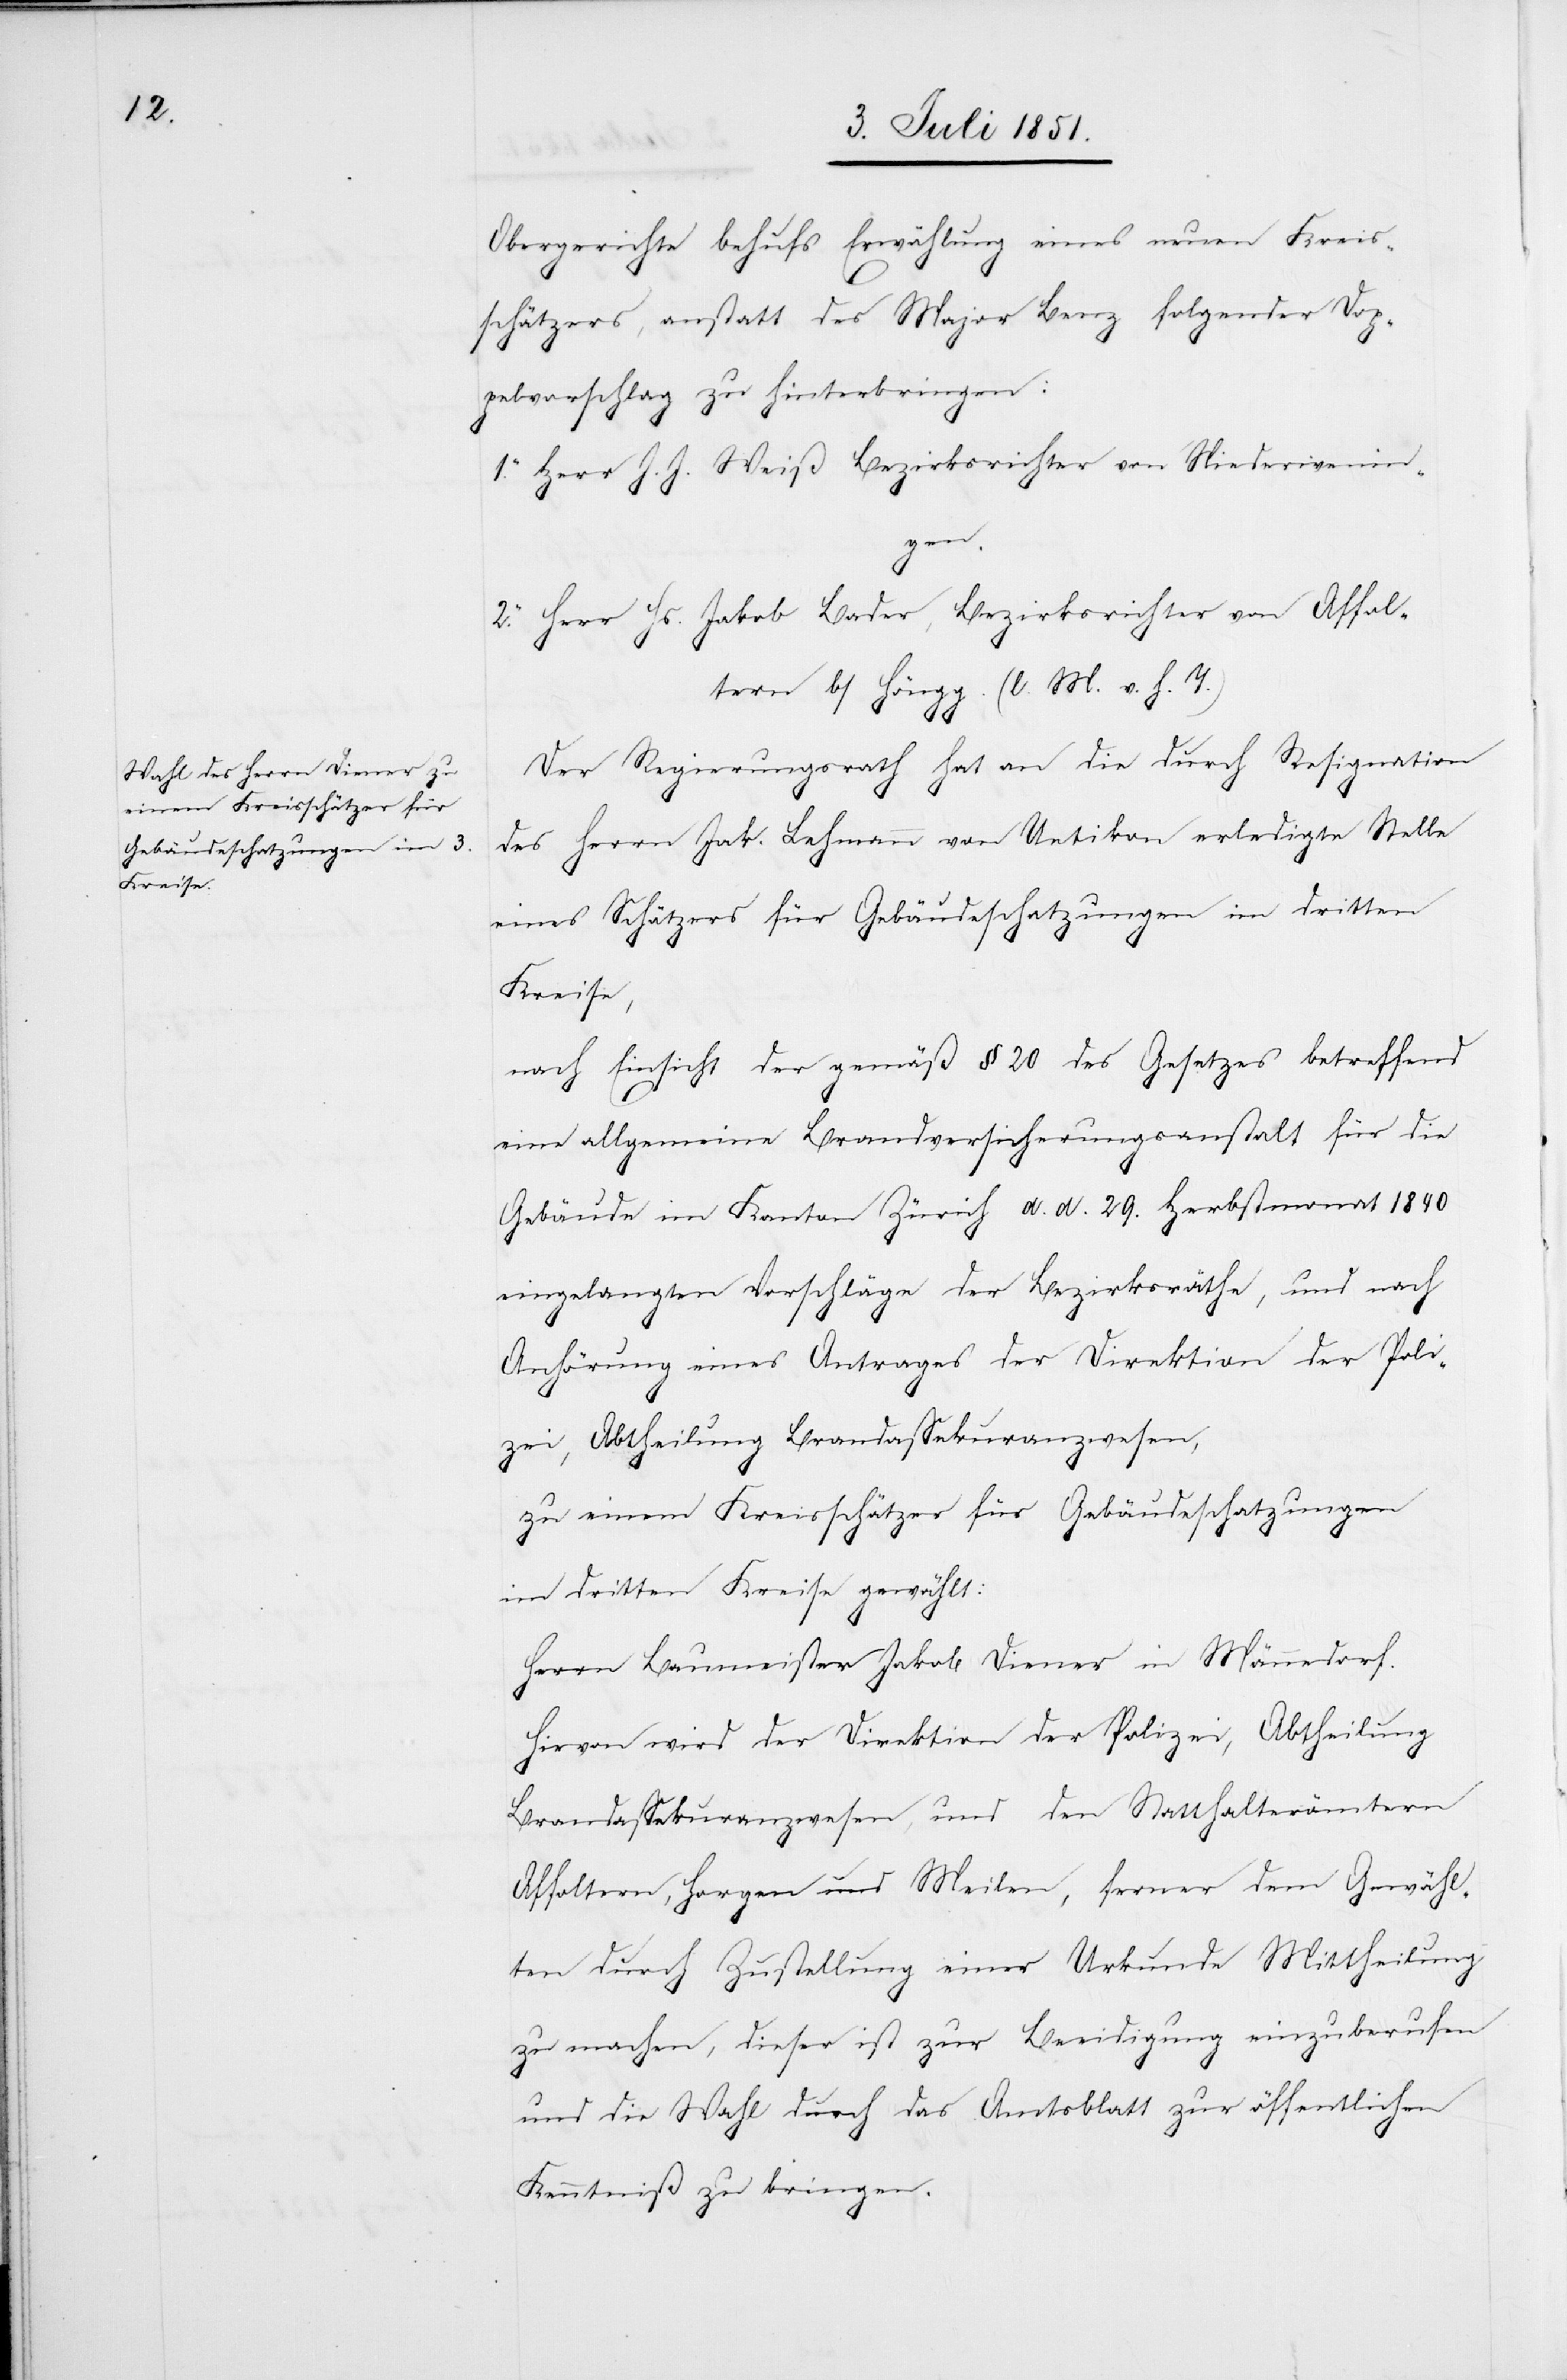
Obergerichte behufs Erwählung eines neuen Kreis¬
schätzers, anstatt des Major Benz folgender Dop¬
pelvorschlag zu hinterbringen:
1. Herr J. J. Weiß Bezirksrichter von Niederwenin¬
gen.
2. Herr Hs. Jakob Bader, Bezirksrichter von Affol¬
tern b/Höngg. (l. M. v. h. T.)
Der Regierungsrath hat an die durch Resignation
des Herrn Jak. Lehmann von Uetikon erledigte Stelle
eines Schätzers für Gebäudeschatzungen im dritten
Kreise,
nach Einsicht der gemäß § 20 des Gesetzes betreffend
eine allgemeine Brandversicherungsanstalt für die
Gebäude im Kanton Zürich d. d. 29. Herbstmonat 1840
eingelangten Vorschläge der Bezirksräthe, und nach
Anhörung eines Antrages der Direktion der Poli¬
zei, Abtheilung Brandassekuranzwesen,
zu einem Kreisschätzer für Gebäudeschatzungen
im dritten Kreise gewählt:
Herrn Baumeister Jakob Diener in Männedorf.
Brandassekuranzwesen, und den Statthalterämtern
Affoltern, Horgen und Meilen, ferner dem Gewähl¬
ten durch Zustellung einer Urkunde Mittheilung
zu machen, dieser ist zur Beeidigung einzuberufen
und die Wahl durch das Amtsblatt zur öffentlichen
Kenntniß zu bringen.